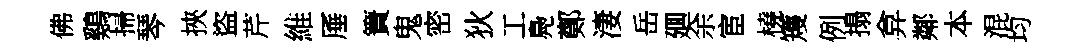
佛鷄掃琴挾盜芹維厜簀鬼密狄工鳧鄭淒岳廽余宦橈矱例搨弇鄰本混均